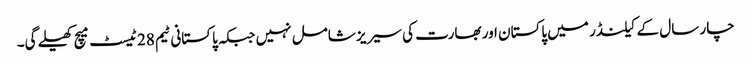
چار سال کے کیلنڈر میں پاکستان اور بھارت کی سیریز شامل نہیں جبکہ پاکستانی ٹیم 28 ٹیسٹ میچ کھیلے گی۔